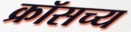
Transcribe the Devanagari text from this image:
क्रॉसच्य